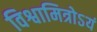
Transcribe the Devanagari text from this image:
विश्वामित्रोऽयं